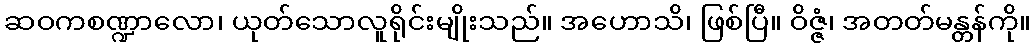
ဆဝကစဏ္ဍာလော၊ ယုတ်သောလူရိုင်းမျိုးသည်။ အဟောသိ၊ ဖြစ်ပြီ။ ဝိဇ္ဇံ၊ အတတ်မန္တန်ကို။